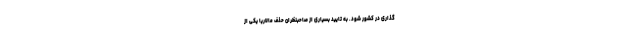
گذاری در کشور شود. به تایید بسیاری از صاحبنظران حذف مالاریا یکی از